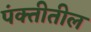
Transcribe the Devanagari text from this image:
पंक्तीतील